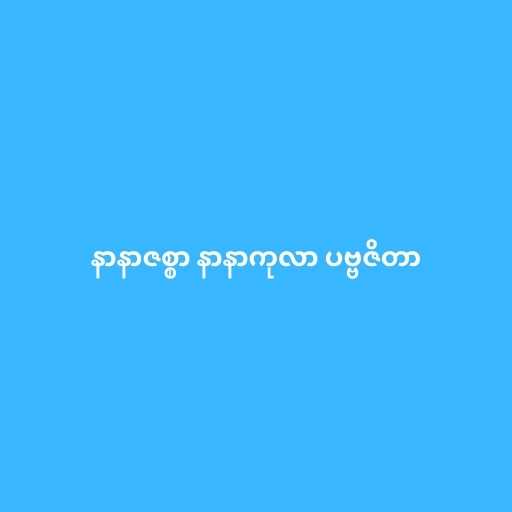
နာနာဇစ္စာ နာနာကုလာ ပဗ္ဗဇိတာ